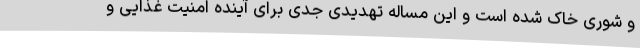
و شوری خاک شده است و این مساله تهدیدی جدی برای آینده امنیت غذایی و